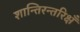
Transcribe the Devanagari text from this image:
शान्तिरन्तरिक्षँ